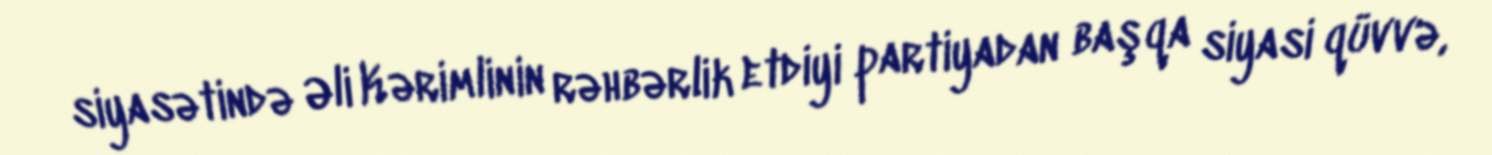
siyasətində Əli Kərimlinin rəhbərlik etdiyi partiyadan başqa siyasi qüvvə,